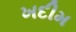
ખદીમ